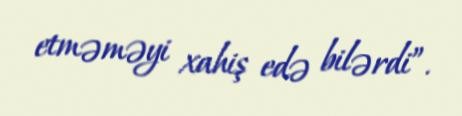
etməməyi xahiş edə bilərdi”.